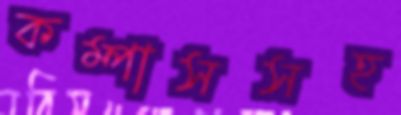
কম্পাসসহ